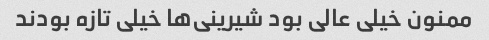
ممنون خیلی عالی بود شیرینی‌ها خیلی تازه بودند